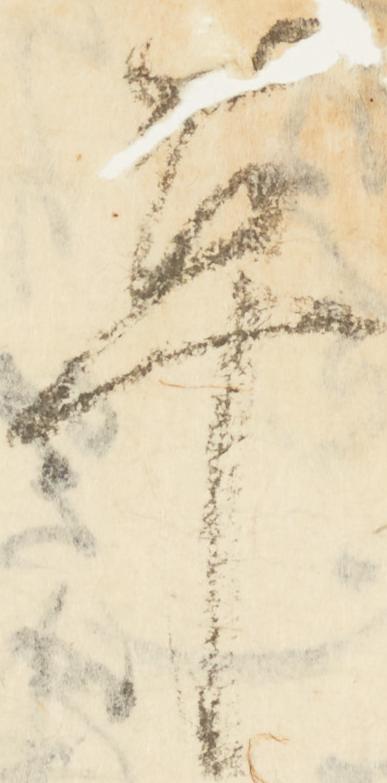
革